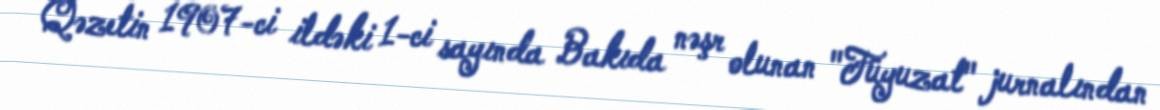
Qəzetin 1907-ci ildəki 1-ci sayında Bakıda nəşr olunan "Füyuzat" jurnalından